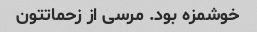
خوشمزه بود. مرسی از زحماتتون